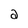
Character: a